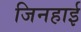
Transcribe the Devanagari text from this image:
जिनहाई